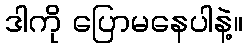
ဒါကို ပြောမနေပါနဲ့။